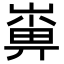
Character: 𡻼